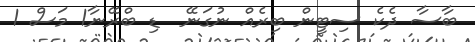
ބާސާ ދެކެ ސިޓީން ބިރެއް ނުގަނޭ  ޑި ބްރޭނާ1 މަސް 1